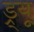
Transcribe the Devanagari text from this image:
ड्र्यू